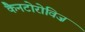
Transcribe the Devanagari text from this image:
कैनटोरोविज़